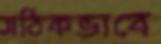
সঠিকভাবে